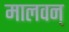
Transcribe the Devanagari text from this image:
मालवन्